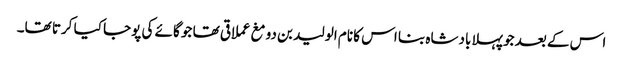
اس کے بعد جو پہلا بادشاہ بنا اس کا نام الولید بن دومغ عملاقی تھا جو گائے کی پوجا کیا کرتا تھا۔